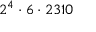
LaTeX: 2 ^ { 4 } \cdot 6 \cdot 2 3 1 0